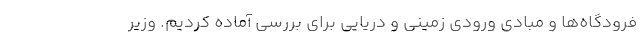
فرودگاه‌ها و مبادی ورودی زمینی و دریایی برای بررسی آماده کردیم. وزیر